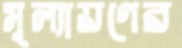
মূল্যায়ণের